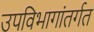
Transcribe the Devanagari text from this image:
उपविभागांतर्गत